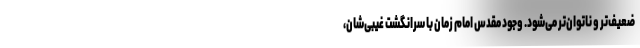
ضعیف‌تر و ناتوان‌تر می‌شود. وجود مقدس امام زمان با سرانگشت غیبی‌شان،